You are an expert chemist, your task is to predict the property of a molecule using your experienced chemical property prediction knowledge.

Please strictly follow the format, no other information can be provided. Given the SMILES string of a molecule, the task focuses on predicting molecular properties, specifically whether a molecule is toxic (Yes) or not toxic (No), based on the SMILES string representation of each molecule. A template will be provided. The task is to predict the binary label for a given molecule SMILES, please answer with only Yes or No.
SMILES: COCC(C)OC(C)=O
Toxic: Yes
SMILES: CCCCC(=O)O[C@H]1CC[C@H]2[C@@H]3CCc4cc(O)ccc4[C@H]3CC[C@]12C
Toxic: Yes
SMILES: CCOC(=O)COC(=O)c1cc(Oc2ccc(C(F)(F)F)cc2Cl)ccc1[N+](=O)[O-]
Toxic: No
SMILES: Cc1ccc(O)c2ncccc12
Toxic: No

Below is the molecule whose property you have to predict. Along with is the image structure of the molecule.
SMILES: CN(Cc1ccccc1)Cc1ccccc1
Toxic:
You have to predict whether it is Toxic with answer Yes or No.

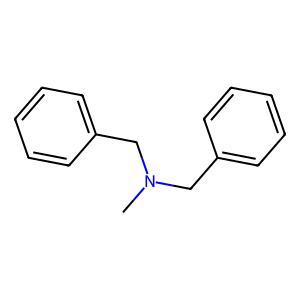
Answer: No